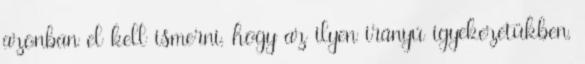
azonban el kell ismerni, hogy az ilyen irányú igyekezetükben,